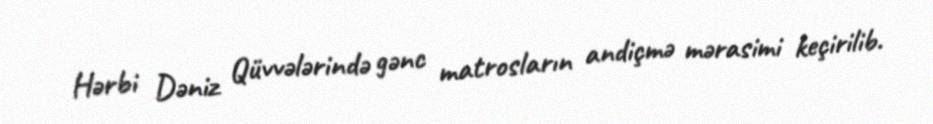
Hərbi Dəniz Qüvvələrində gənc matrosların andiçmə mərasimi keçirilib.